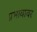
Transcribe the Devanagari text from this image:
प्रभावावर